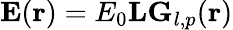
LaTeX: \mathbf{E}(\mathbf{r})=E_{0}\mathbf{LG}_{l,p}(\mathbf{r})